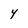
Character: Y